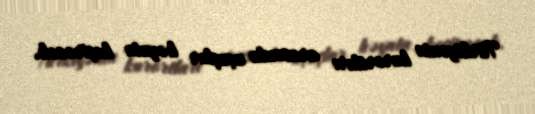
Türkiyənin kurortları arasında uçuşlar həyata keçirəcək.